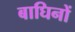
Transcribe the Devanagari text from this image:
बाघिनों